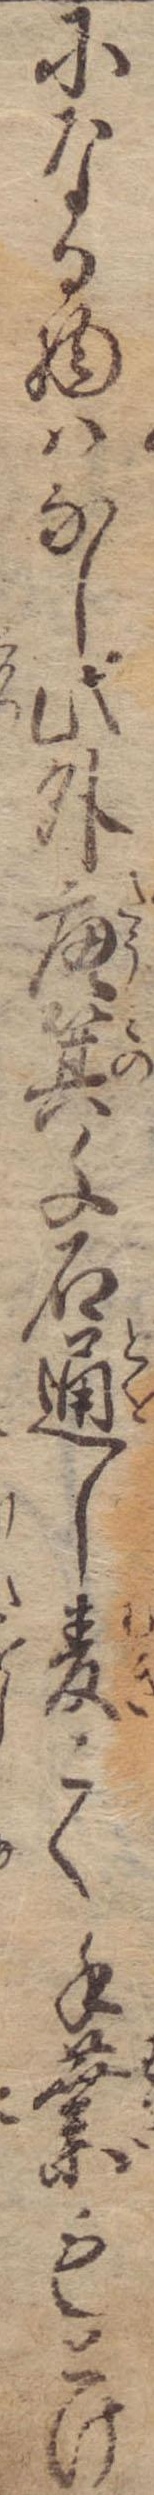
になる物はなし此外唐箕千石通し麦こく手業もとけ